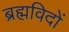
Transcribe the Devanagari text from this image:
ब्रह्मविदों